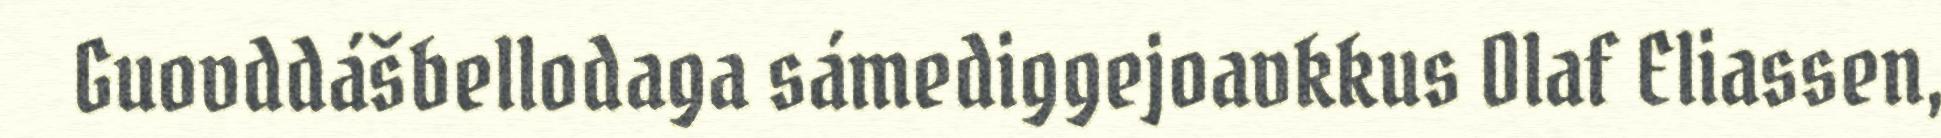
Guovddášbellodaga sámediggejoavkkus Olaf Eliassen,